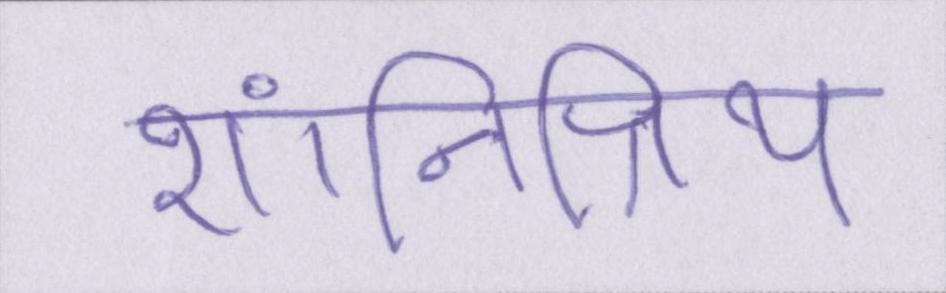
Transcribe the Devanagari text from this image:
शांतिप्रिय